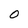
Character: 0